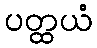
ပတ္ထယံ